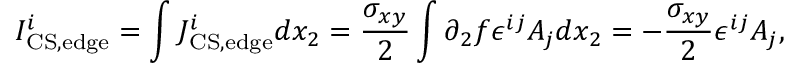
I _ { \mathrm { C S , e d g e } } ^ { i } = \int J _ { \mathrm { C S , e d g e } } ^ { i } d x _ { 2 } = { \frac { \sigma _ { x y } } { 2 } } \int \partial _ { 2 } f \epsilon ^ { i j } A _ { j } d x _ { 2 } = - { \frac { \sigma _ { x y } } { 2 } } \epsilon ^ { i j } A _ { j } ,